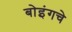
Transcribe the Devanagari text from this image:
बोइंगचे